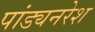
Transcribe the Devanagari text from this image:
पांड्यनरेश